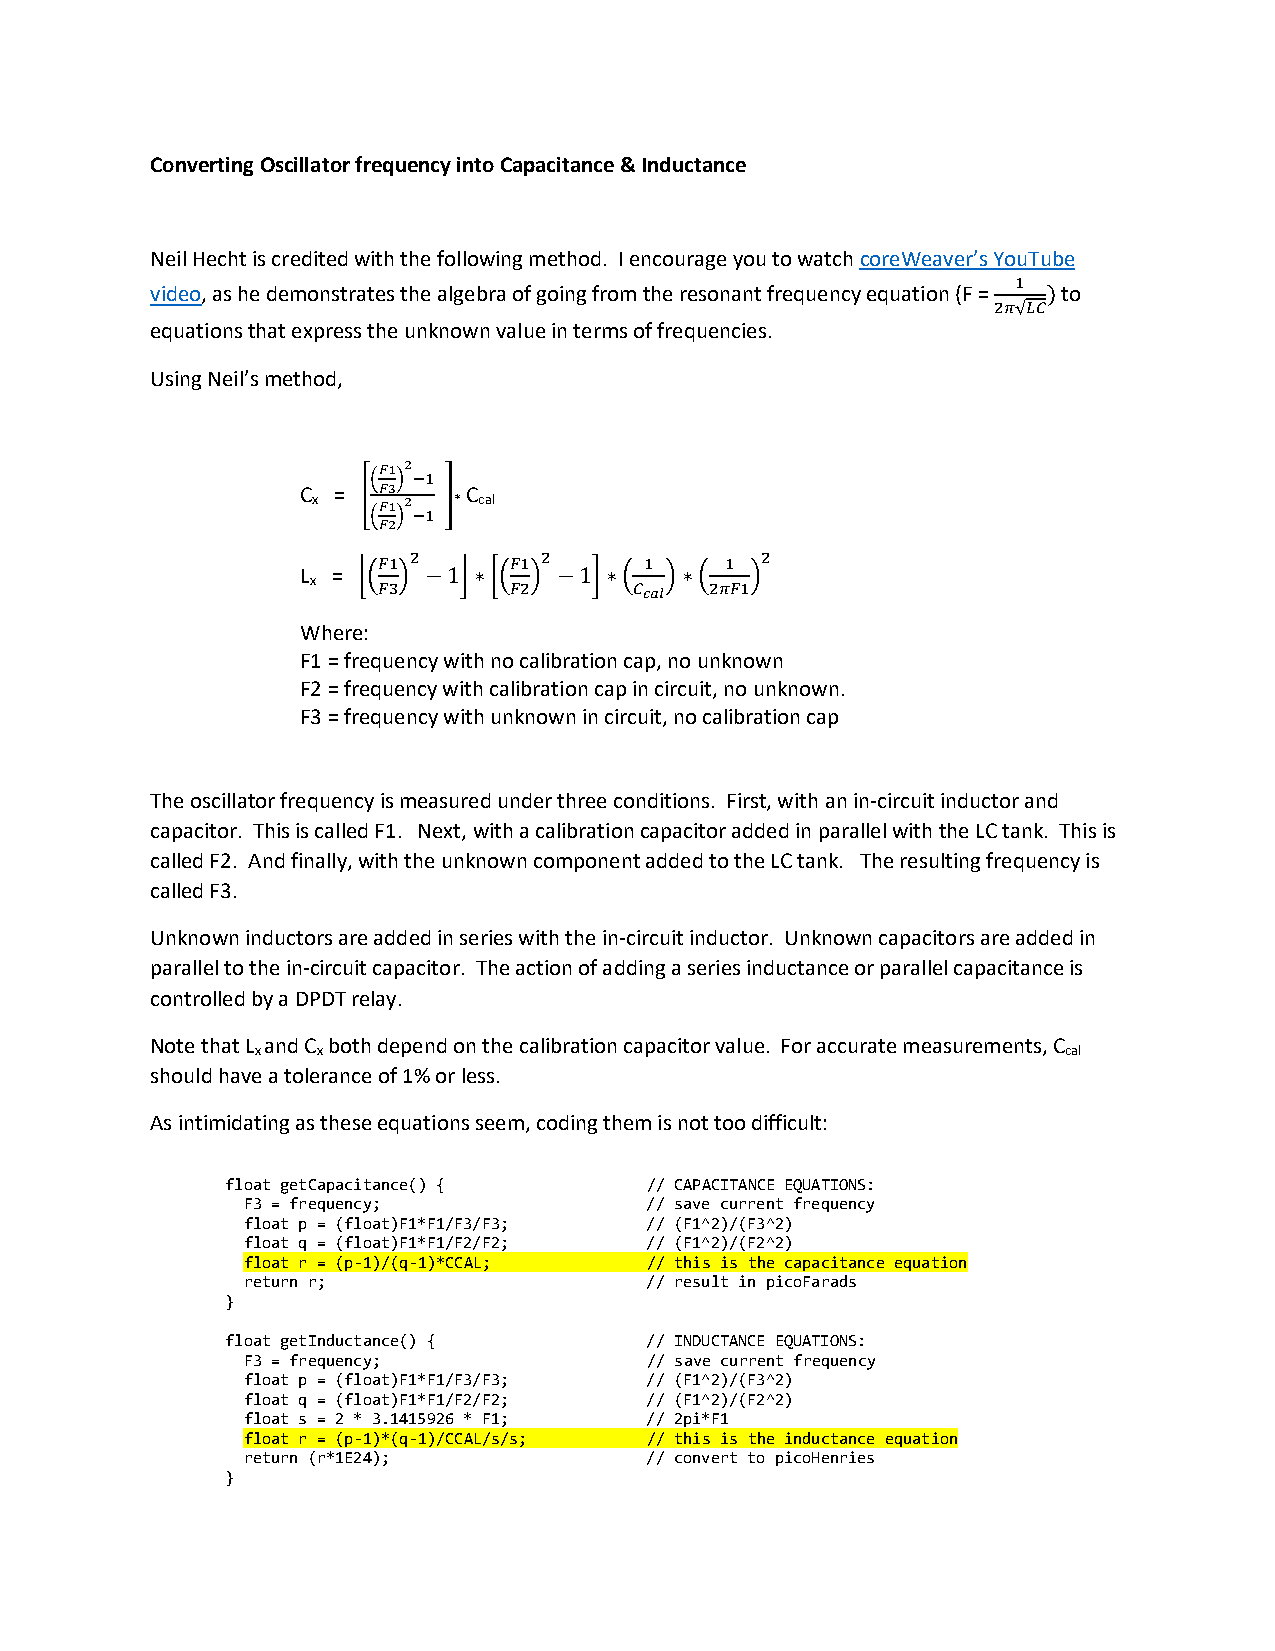
Converting Oscillator frequency into Capacitance & Inductance
 Neil Hecht is credited with the following method. I encourage you to watch coreWeaver’s YouTube
 1
 video, as he demonstrates the algebra of going from the resonant frequency equation (F = ) to
 2𝜋√𝐿𝐶
 equations that express the unknown value in terms of frequencies.
 Using Neil’s method,
 𝐹1 2
 ( ) −1
 C = [ 𝐹3 ] C
 x   𝐹1 2 * cal
 ( ) −1
 𝐹2
 2        2             2
 𝐹1       𝐹1       1    1
 L = ⌊( ) −1⌋∗[( ) −1]∗( )∗(   )
 x
 𝐹3       𝐹2      𝐶𝑐𝑎𝑙 2𝜋𝐹1
 Where:
 F1 = frequency with no calibration cap, no unknown
 F2 = frequency with calibration cap in circuit, no unknown.
 F3 = frequency with unknown in circuit, no calibration cap
 The oscillator frequency is measured under three conditions. First, with an in-circuit inductor and
 capacitor. This is called F1. Next, with a calibration capacitor added in parallel with the LC tank. This is
 called F2. And finally, with the unknown component added to the LC tank. The resulting frequency is
 called F3.
 Unknown inductors are added in series with the in-circuit inductor. Unknown capacitors are added in
 parallel to the in-circuit capacitor. The action of adding a series inductance or parallel capacitance is
 controlled by a DPDT relay.
 Note that L and C both depend on the calibration capacitor value. For accurate measurements, C
 x   x                                                 cal
 should have a tolerance of 1% or less.
 As intimidating as these equations seem, coding them is not too difficult:
 float getCapacitance() {    // CAPACITANCE EQUATIONS:
 F3 = frequency;            // save current frequency
 float p = (float)F1*F1/F3/F3; // (F1^2)/(F3^2)
 float q = (float)F1*F1/F2/F2; // (F1^2)/(F2^2)
 float r = (p-1)/(q-1)*CCAL; // this is the capacitance equation
 return r;                  // result in picoFarads
 }
 float getInductance() {     // INDUCTANCE EQUATIONS:
 F3 = frequency;            // save current frequency
 float p = (float)F1*F1/F3/F3; // (F1^2)/(F3^2)
 float q = (float)F1*F1/F2/F2; // (F1^2)/(F2^2)
 float s = 2 * 3.1415926 * F1; // 2pi*F1
 float r = (p-1)*(q-1)/CCAL/s/s; // this is the inductance equation
 return (r*1E24);           // convert to picoHenries
 }